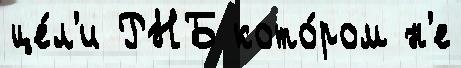
це́л'и РНБ кото́ром н'е